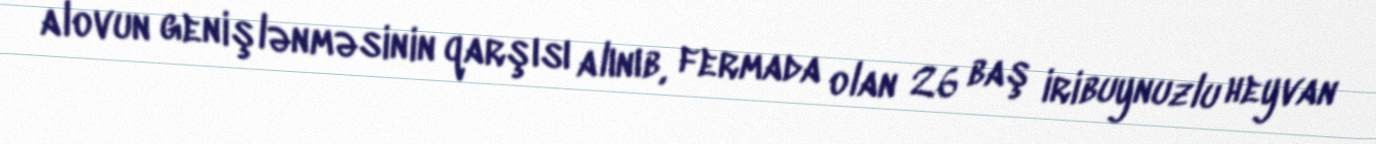
alovun genişlənməsinin qarşısı alınıb, fermada olan 26 baş iribuynuzlu heyvan